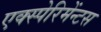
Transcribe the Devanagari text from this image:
एक्स्पेरिमेंन्टस